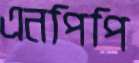
এনপিপি